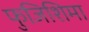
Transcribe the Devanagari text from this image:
फुजिशिमा